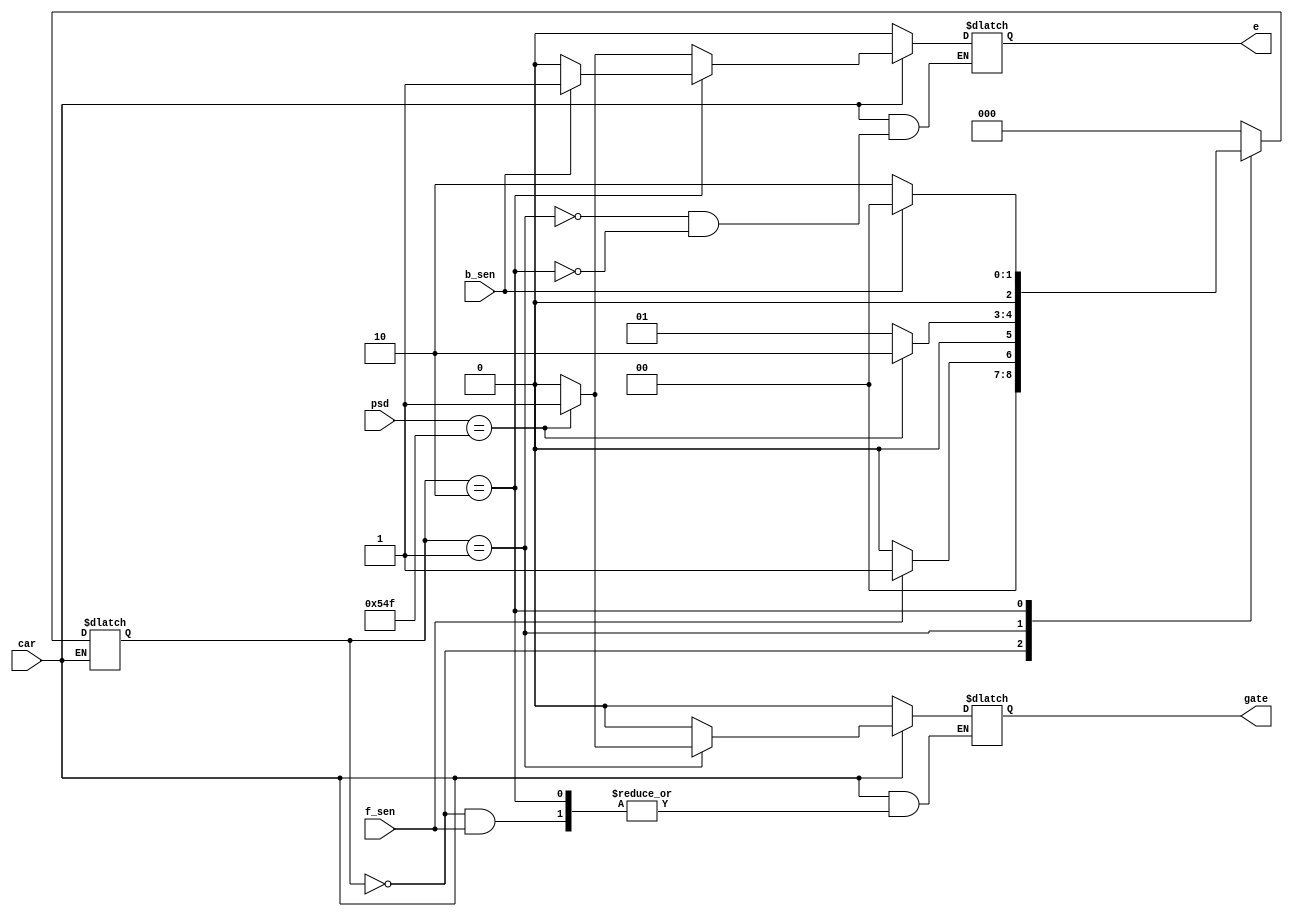
module parking(f_sen,b_sen,psd,gate,e,car);


input f_sen,b_sen;
input [31:0]psd;
//sinput clk;
input car;
output reg gate,e=0;
parameter s0=3'b000,s1=3'b001,s2=3'b010,s3=3'b011,s4=3'b100;
reg [2:0]state;



always @(*)
begin

    if(car==1)
     begin
     case(state)
      
     s0:  begin
          if(f_sen==1)
          state<=s1;
          else
          begin
          gate<=0;
          state<=s0;
          end
          end
    s1:  begin
         //f_sen=0;
         if(psd==32'd1359)
         begin
         gate<=1;
         e<=1;
         state<=s2;
         end 
         else
         begin
         gate<=0;
         e<=0;
         state<=s1;
         end
         end
    s2:  begin
        // f_sen=0;psd=32'dx;
         if(b_sen==1)
         begin
        // gate=1;
         e<=1;
         state<=s0;
         end
         else
         begin
         //gate=0;
         e<=0;
         state<=s2;
         end
         end
 default:begin
         gate<=0;
         state<=s0;
         end
           
endcase
end
   else
    begin
      gate<=0;
      e<=0;
   end
end

endmodule